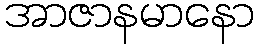
အာဇာနမာနော